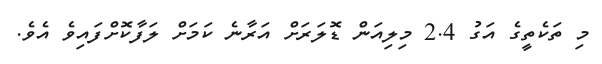
މި ތަކެތީގެ އަގު 2.4 މިލިއަން ޑޮލަރަށް އަރާނެ ކަމަށް ލަފާކޮށްފައިވެ އެވެ.